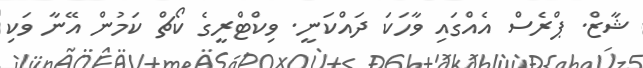
ޝާޒް. ޕްރެސް އެއްގައި ވާހަކަ ދައްކަނީ. ވިކްޓްރީގެ ކޯޗް ކަމުން އޭނާ ވަކި